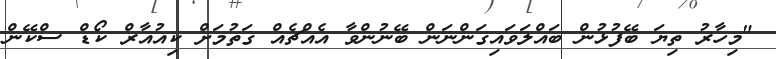
"މިހާރު ތިޔަ ބޭފުޅުން ބައްލަވައިގަންނަން ބޭނުންވާ އެއްޗެއް ގަތުމަށް ކިއުއާރް ކޯޑް ސްކޭން